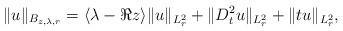
LaTeX: \begin{align*}\|u\|_{B_{z,\lambda,r}}=\langle\lambda-\Re z\rangle\|u\|_{L^2_r}+\|D_t^2u\|_{L^2_r}+\|tu\|_{L^2_r},\end{align*}